Vaccine operations Central Provinces 1900-1911 - 1900-1911
Year: 1900
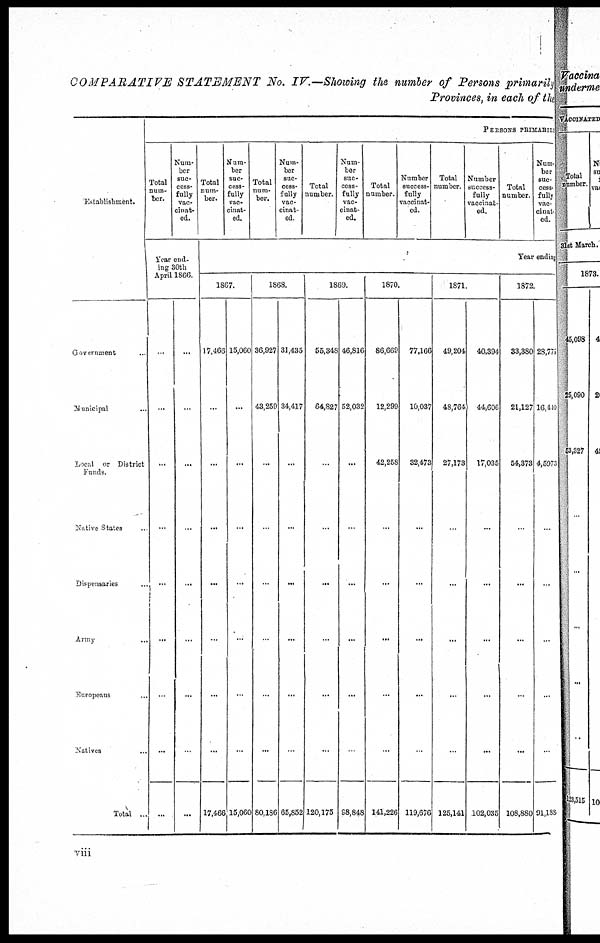
COMPARATIVE STATEMENT No. IV.—Showing the number of Persons primarily
Provinces, in each of the
Establishment.
Government ...
Municipal ...
Local or District
Funds.
Native States ...
Dispensaries
Army
..
Europeans ...
Natives ...
Total ..
PERSONS PRIMARLY
Total
num-
ber.
Num-
ber
suc-
cess-
fully
vac-
cinat-
ed.
Year end¬
ing 30th
April 1866.
..
...
...
...
...
...
...
...
...
...
...
...
...
...
...
...
...
...
Total
num-
ber.
Num-
ber
suc-
cess-
fully
vac¬
cinat-
ed.
Total
num-
ber.
Num-
ber
suc-
cess-
fully
vac-
cinat-
ed.
Total
number.
Num-
ber
suc-
cess-
fully
vac-
cinat-
ed.
Total
number.
Number
success-
fully
vaccinat-
ed.
Total
number.
Number
success-
fully
vaccinat-
ed.
Total
number.
Num-
ber
suc-
cess
fully
vac¬
cinat
ed.
Year ending
1867.
17,466
...
...
...
...
...
...
...
17,466
15,060
...
...
...
...
...
...
...
15,060
1868.
36,927
43,259
...
...
...
...
...
...
80,186
31,435
34,417
...
...
...
...
...
...
65,852
1869.
55,348
64,827
..
...
...
...
...
...
120,175
46,816
52,032
...
...
...
...
...
...
98,848
1870.
86,669
12,299
42,258
...
...
...
...
...
141,226
77,166
10,037
32,473
...
...
...
...
...
119,676
1871.
49,204
48,764
27,173
...
...
...
...
...
125,141
40,394
44,606
17,035
...
...
...
...
...
102,035
1872.
33,380
21,127
54,373
...
...
...
...
...
108,880
28,775
16,440
4,5970
...
..
...
...
...
91,188
viii